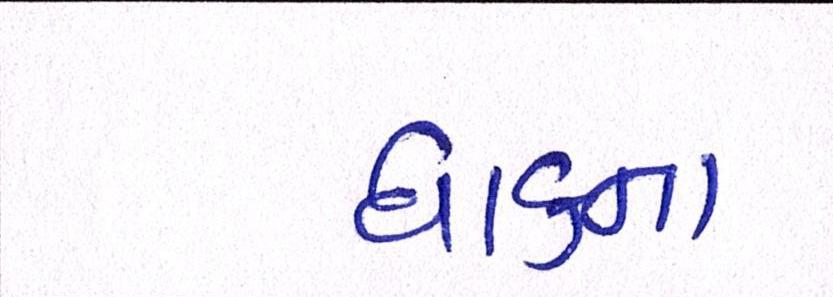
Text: ધાકના